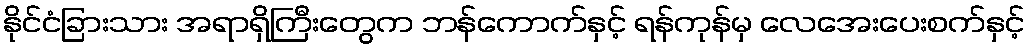
နိုင်ငံခြားသား အရာရှိကြီးတွေက ဘန်ကောက်နှင့် ရန်ကုန်မှ လေအေးပေးစက်နှင့်